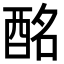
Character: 酩